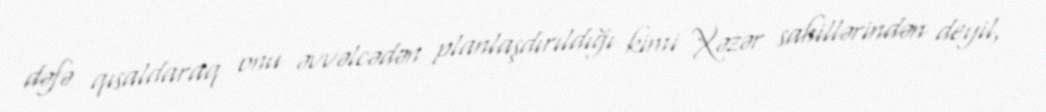
dəfə qısaldaraq onu əvvəlcədən planlaşdırıldığı kimi Xəzər sahillərindən deyil,